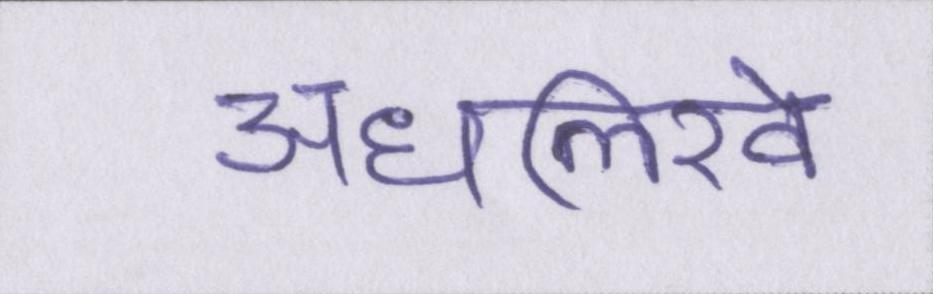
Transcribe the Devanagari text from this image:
अधलिखे